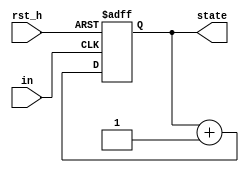
module FSM_mode(in, rst_h, state);
    input in;
    input rst_h;
    output reg [1:0]state;
  
    always@(posedge in or posedge rst_h) 
        if (rst_h) state <= 2'b00;
        else state <= state + 1'b1;
    
endmodule